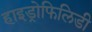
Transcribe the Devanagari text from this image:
हाइड्रोफिलिडी